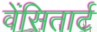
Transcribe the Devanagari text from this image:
वेंसितार्ट